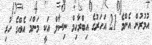
އުމުރުން އެންމެ 21 އަހަރުގެ އިބްރާހިމް ނިސާލް އަކީ މަންމަ އެއްގެ ހުރި